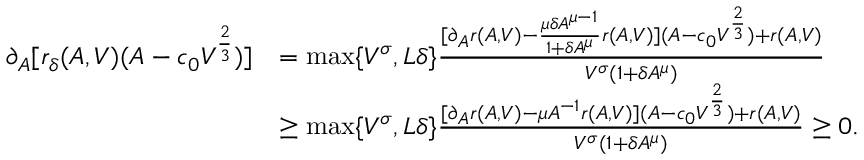
\begin{array} { r l } { \partial _ { A } [ r _ { \delta } ( A , V ) ( A - c _ { 0 } V ^ { \frac { 2 } { 3 } } ) ] } & { = \operatorname* { m a x } \{ V ^ { \sigma } , L \delta \} \frac { [ \partial _ { A } r ( A , V ) - \frac { \mu \delta A ^ { \mu - 1 } } { 1 + \delta A ^ { \mu } } r ( A , V ) ] ( A - c _ { 0 } V ^ { \frac { 2 } { 3 } } ) + r ( A , V ) } { V ^ { \sigma } ( 1 + \delta A ^ { \mu } ) } } \\ & { \geq \operatorname* { m a x } \{ V ^ { \sigma } , L \delta \} \frac { [ \partial _ { A } r ( A , V ) - \mu A ^ { - 1 } r ( A , V ) ] ( A - c _ { 0 } V ^ { \frac { 2 } { 3 } } ) + r ( A , V ) } { V ^ { \sigma } ( 1 + \delta A ^ { \mu } ) } \geq 0 . } \end{array}